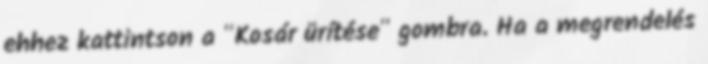
ehhez kattintson a "Kosár ürítése" gombra. Ha a megrendelés